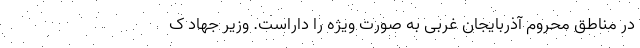
در مناطق محروم آذربایجان غربی به صورت ویژه را داراست. وزیر جهاد ک